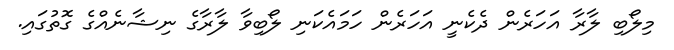
މިލޯބި ލާރާ އަހަރެން ދެކެނީ އަހަރެން ހަމައެކަނި ލޯބިވާ ލާރާގެ ނިޝާނެއްގެ ގޮތުގައި.